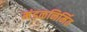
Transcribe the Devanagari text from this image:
मंडळनिर्मित